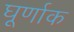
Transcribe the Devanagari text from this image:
घूर्णाक